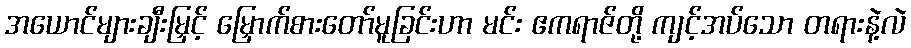
အယောင်များချီးမြှင့် မြှောက်စားတော်မူခြင်းဟာ မင်း ဧကရာဇ်တို့ ကျင့်အပ်သော တရားနဲ့လဲ